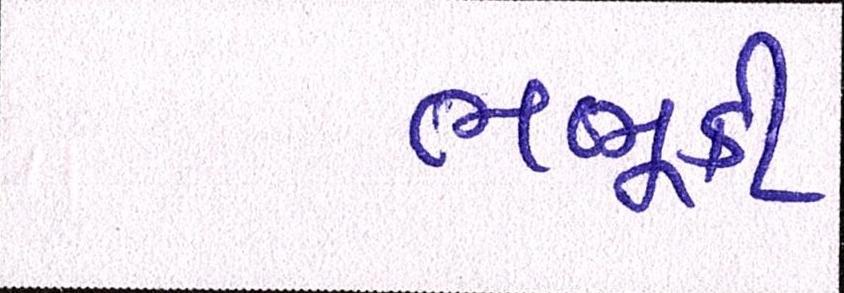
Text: ભભૂકી